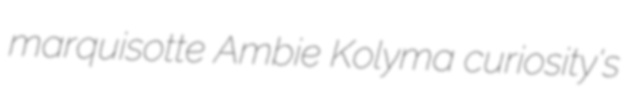
marquisotte Ambie Kolyma curiosity's